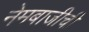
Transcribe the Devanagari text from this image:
नेमबाजीची